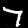
Digit: 7